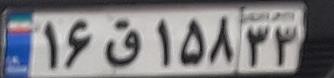
۱۶ق۱۵۸۳۳